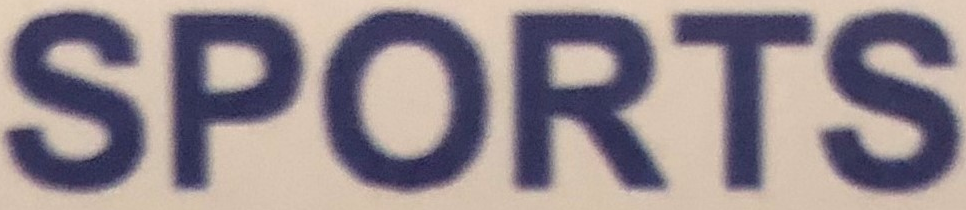
SPORTS